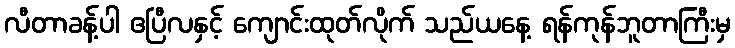
လီတာခန့်ပါ ဧပြီလနှင့် ကျောင်းထုတ်လိုက် သည်ယနေ့ ရန်ကုန်ဘူတာကြီးမှ